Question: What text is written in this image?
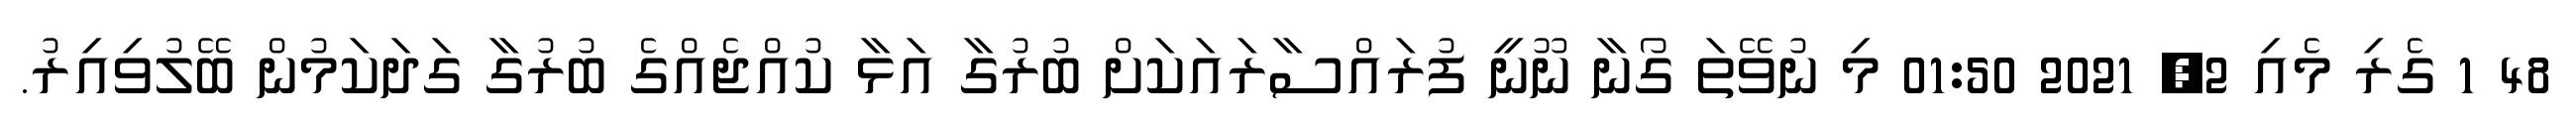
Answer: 48 1 ގެރި މެއި 2, 2021 01:50 މި ނުވޭތަ ގޯނާ ނޫނީ ފުރައްސާރައަކަށް ބުރުގާ އަޅާ ކުއްޖެއްގެ ބުރުގާ ގަދަކަމުން ބޭލުވިއިރު.